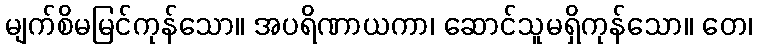
မျက်စိမမြင်ကုန်သော။ အပရိဏာယကာ၊ ဆောင်သူမရှိကုန်သော။ တေ၊